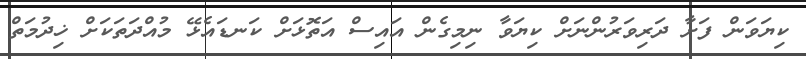
ކިޔަވަން ފަށާ ދަރިވަރުންނަށް ކިޔަވާ ނިމިގެން އައިސް އަތޮޅަށް ކަނޑައެޅޭ މުއްދަތަކަށް ޚިދުމަތް